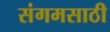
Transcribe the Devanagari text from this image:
संगमसाठी